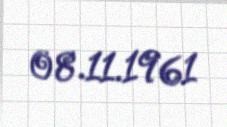
08.11.1961